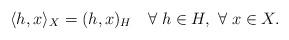
LaTeX: \begin{align*} \langle h,x\rangle_X=(h,x)_H\quad\forall\; h\in H, \ \forall\; x\in X.\end{align*}